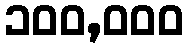
၁၀၀,၀၀၀